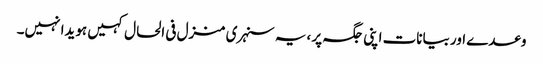
وعدے اور بیانات اپنی جگہ پر ،یہ سنہری منزل فی الحال کہیں ہویدا نہیں۔